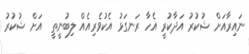
ނައިރާއަށް ޝުކުރު އަދާކުރީ އެހާ ރަނގަޅު އެކުވެރިއެއް ލިބުނީތީ  އަށް ޝުކުރު